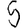
Digit: 5